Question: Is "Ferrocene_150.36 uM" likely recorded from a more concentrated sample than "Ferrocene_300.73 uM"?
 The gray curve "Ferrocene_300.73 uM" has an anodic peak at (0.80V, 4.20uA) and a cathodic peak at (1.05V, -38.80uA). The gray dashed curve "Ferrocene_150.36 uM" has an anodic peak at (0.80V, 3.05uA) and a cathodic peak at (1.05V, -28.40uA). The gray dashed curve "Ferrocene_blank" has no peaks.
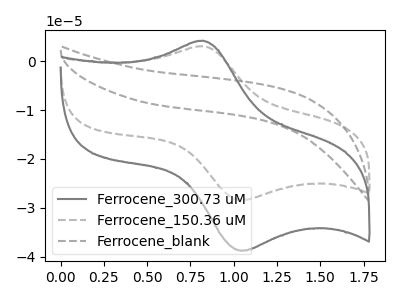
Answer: <think>All the peaks in "Ferrocene_150.36 uM" have a peak in "Ferrocene_300.73 uM" at the same potential. Every peak in "Ferrocene_150.36 uM" is lower than every peak in "Ferrocene_300.73 uM".
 </think>
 <answer>"Ferrocene_150.36 uM" has less signal than "Ferrocene_300.73 uM".</answer>
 <eval>less_signal</eval>